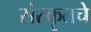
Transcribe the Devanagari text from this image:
संस्कॄतचे